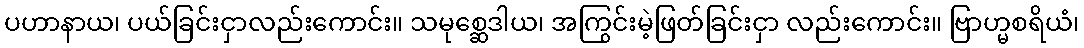
ပဟာနာယ၊ ပယ်ခြင်းငှာလည်းကောင်း။ သမုစ္ဆေဒါယ၊ အကြွင်းမဲ့ဖြတ်ခြင်းငှာ လည်းကောင်း။ ဗြာဟ္မစရိယံ၊